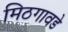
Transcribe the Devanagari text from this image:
मिठगावडे